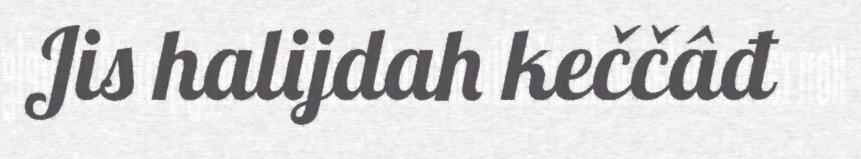
Jis halijdah keččâđ